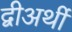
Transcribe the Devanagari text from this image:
द्वीअर्थी